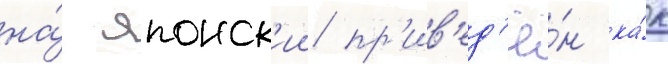
на́ японск'ии пр'ив'ед'ё́н ка́к